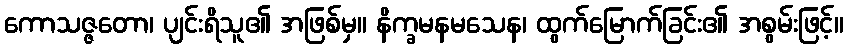
ကောသဇ္ဇတော၊ ပျင်းရိသူ၏ အဖြစ်မှ။ နိက္ခမနမသေန၊ ထွက်မြောက်ခြင်း၏ အစွမ်းဖြင့်။